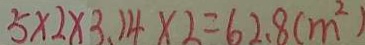
5 \times 2 \times 3 . 1 4 \times 2 = 6 2 . 8 ( m ^ { 2 } )